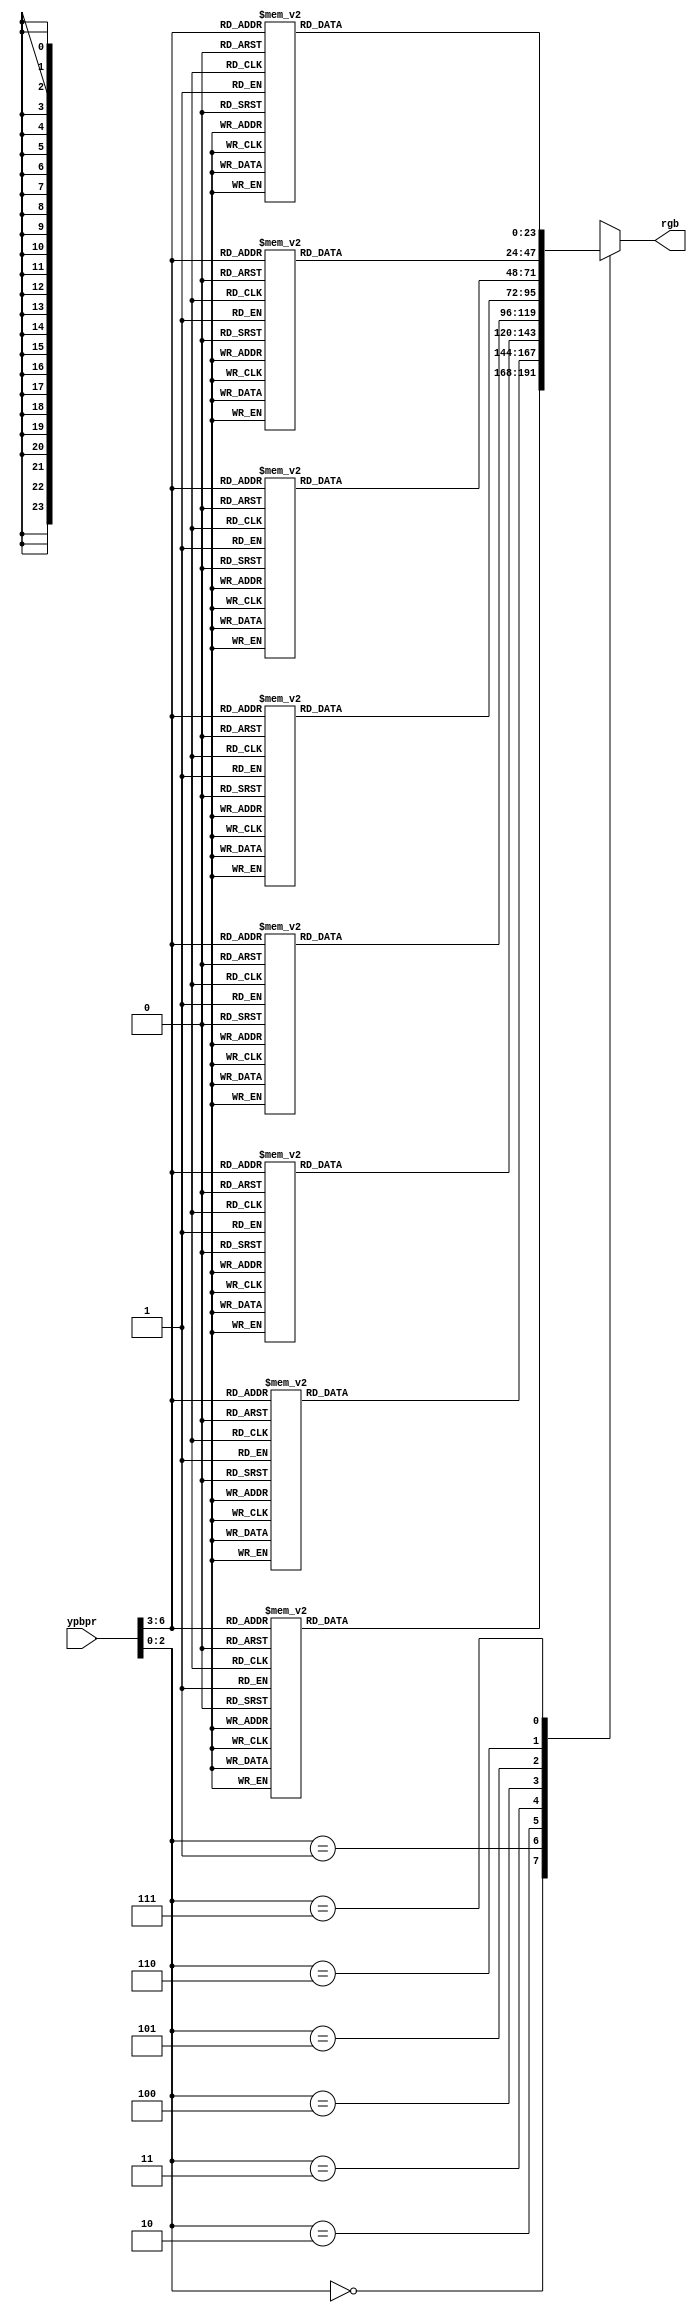
module video_converter(ypbpr, rgb);

input [6:0] ypbpr;
output reg [23:0] rgb;

always @(*) begin
	case (ypbpr[2:0]) // luminance
		3'h0: begin 
			case (ypbpr[6:3])
				4'h0: rgb = 24'h000000;
				4'h1: rgb = 24'h444400;
				4'h2: rgb = 24'h702800;
				4'h3: rgb = 24'h841800;
				4'h4: rgb = 24'h880000;
				4'h5: rgb = 24'h78005C;
				4'h6: rgb = 24'h480078;
				4'h7: rgb = 24'h140084;
				4'h8: rgb = 24'h000088;
				4'h9: rgb = 24'h00187C;
				4'hA: rgb = 24'h002C5C;
				4'hB: rgb = 24'h003C2C;
				4'hC: rgb = 24'h003C00;
				4'hD: rgb = 24'h143800;
				4'hE: rgb = 24'h2C3000;
				4'hF: rgb = 24'h442800;
			endcase
		end
		3'h1: begin 
			case (ypbpr[6:3])
				4'h0: rgb = 24'h404040;
				4'h1: rgb = 24'h646410;
				4'h2: rgb = 24'h844414;
				4'h3: rgb = 24'h983418;
				4'h4: rgb = 24'h9C2020;
				4'h5: rgb = 24'h8C2074;
				4'h6: rgb = 24'h602090;
				4'h7: rgb = 24'h302098;
				4'h8: rgb = 24'h1C209C;
				4'h9: rgb = 24'h1C3890;
				4'hA: rgb = 24'h1C4C78;
				4'hB: rgb = 24'h1C5C48;
				4'hC: rgb = 24'h205C20;
				4'hD: rgb = 24'h345C1C;
				4'hE: rgb = 24'h4C501C;
				4'hF: rgb = 24'h644818;
			endcase
		end
		3'h2: begin 
			case (ypbpr[6:3])
				4'h0: rgb = 24'h6C6C6C;
				4'h1: rgb = 24'h848424;
				4'h2: rgb = 24'h985C28;
				4'h3: rgb = 24'hAC5030;
				4'h4: rgb = 24'hB03C3C;
				4'h5: rgb = 24'hA03C88;
				4'h6: rgb = 24'h783CA4;
				4'h7: rgb = 24'h4C3CAC;
				4'h8: rgb = 24'h3840B0;
				4'h9: rgb = 24'h3854A8;
				4'hA: rgb = 24'h386890;
				4'hB: rgb = 24'h387C64;
				4'hC: rgb = 24'h407C40;
				4'hD: rgb = 24'h507C38;
				4'hE: rgb = 24'h687034;
				4'hF: rgb = 24'h846830;
			endcase
		end
		3'h3: begin 
			case (ypbpr[6:3])
				4'h0: rgb = 24'h909090;
				4'h1: rgb = 24'hA0A034;
				4'h2: rgb = 24'hAC783C;
				4'h3: rgb = 24'hC06848;
				4'h4: rgb = 24'hC05858;
				4'h5: rgb = 24'hB0589C;
				4'h6: rgb = 24'h8C58B8;
				4'h7: rgb = 24'h6858C0;
				4'h8: rgb = 24'h505CC0;
				4'h9: rgb = 24'h5070BC;
				4'hA: rgb = 24'h5084AC;
				4'hB: rgb = 24'h509C80;
				4'hC: rgb = 24'h5C9C5C;
				4'hD: rgb = 24'h6C9850;
				4'hE: rgb = 24'h848C4C;
				4'hF: rgb = 24'hA08444;
			endcase
		end
		3'h4: begin 
			case (ypbpr[6:3])
				4'h0: rgb = 24'hB0B0B0;
				4'h1: rgb = 24'hB8B840;
				4'h2: rgb = 24'hBC8C4C;
				4'h3: rgb = 24'hD0805C;
				4'h4: rgb = 24'hD07070;
				4'h5: rgb = 24'hC070B0;
				4'h6: rgb = 24'hA070CC;
				4'h7: rgb = 24'h7C70D0;
				4'h8: rgb = 24'h6874D0;
				4'h9: rgb = 24'h6888CC;
				4'hA: rgb = 24'h689CC0;
				4'hB: rgb = 24'h68B494;
				4'hC: rgb = 24'h74B474;
				4'hD: rgb = 24'h84B468;
				4'hE: rgb = 24'h9CA864;
				4'hF: rgb = 24'hB89C58;
			endcase
		end
		3'h5: begin 
			case (ypbpr[6:3])
				4'h0: rgb = 24'hC8C8C8;
				4'h1: rgb = 24'hD0D050;
				4'h2: rgb = 24'hCCA05C;
				4'h3: rgb = 24'hE09470;
				4'h4: rgb = 24'hE08888;
				4'h5: rgb = 24'hD084C0;
				4'h6: rgb = 24'hB484DC;
				4'h7: rgb = 24'h9488E0;
				4'h8: rgb = 24'h7C8CE0;
				4'h9: rgb = 24'h7C9CDC;
				4'hA: rgb = 24'h7CB4D4;
				4'hB: rgb = 24'h7CD0AC;
				4'hC: rgb = 24'h8CD08C;
				4'hD: rgb = 24'h9CCC7C;
				4'hE: rgb = 24'hB4C078;
				4'hF: rgb = 24'hD0B46C;
			endcase
		end
		3'h6: begin 
			case (ypbpr[6:3])
				4'h0: rgb = 24'hDCDCDC;
				4'h1: rgb = 24'hE8E85C;
				4'h2: rgb = 24'hDCB468;
				4'h3: rgb = 24'hECA880;
				4'h4: rgb = 24'hECA0A0;
				4'h5: rgb = 24'hDC9CD0;
				4'h6: rgb = 24'hC49CEC;
				4'h7: rgb = 24'hA8A0EC;
				4'h8: rgb = 24'h90A4EC;
				4'h9: rgb = 24'h90B4EC;
				4'hA: rgb = 24'h90CCE8;
				4'hB: rgb = 24'h90E4C0;
				4'hC: rgb = 24'hA4E4A4;
				4'hD: rgb = 24'hB4E490;
				4'hE: rgb = 24'hCCD488;
				4'hF: rgb = 24'hE8CC7C;
			endcase
		end
		3'h7: begin 
			case (ypbpr[6:3])
				4'h0: rgb = 24'hECECEC;
				4'h1: rgb = 24'hFCFC68;
				4'h2: rgb = 24'hECC878;
				4'h3: rgb = 24'hFCBC94;
				4'h4: rgb = 24'hFCB4B4;
				4'h5: rgb = 24'hECB0E0;
				4'h6: rgb = 24'hD4B0FC;
				4'h7: rgb = 24'hBCB4FC;
				4'h8: rgb = 24'hA4B8FC;
				4'h9: rgb = 24'hA4C8FC;
				4'hA: rgb = 24'hA4E0FC;
				4'hB: rgb = 24'hA4FCD4;
				4'hC: rgb = 24'hB8FCB8;
				4'hD: rgb = 24'hC8FCA4;
				4'hE: rgb = 24'hE0EC9C;
				4'hF: rgb = 24'hFCE08C;
			endcase
		end
	endcase
end
endmodule